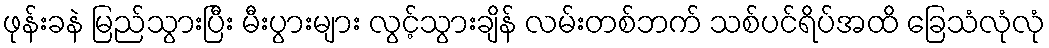
ဖုန်းခနဲ မြည်သွားပြီး မီးပွားများ လွင့်သွားချိန် လမ်းတစ်ဘက် သစ်ပင်ရိပ်အထိ ခြေသံလုံလုံ